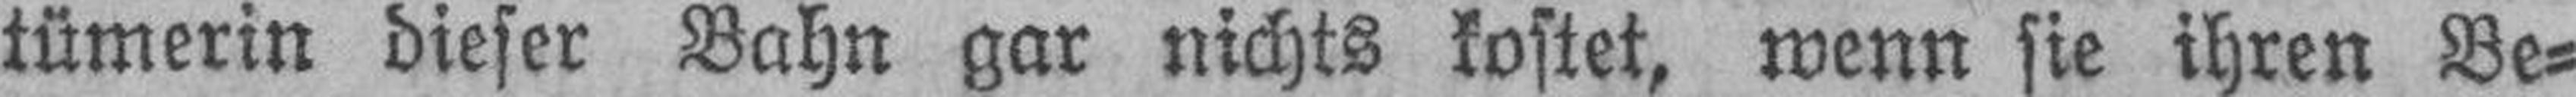
tümerin dieser Bahn gar nichts kostet, wenn sie ihren Be¬